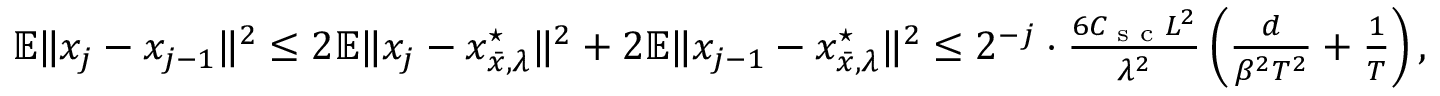
\begin{array} { r } { \mathbb { E } \| x _ { j } - x _ { j - 1 } \| ^ { 2 } \le 2 \mathbb { E } \| x _ { j } - x _ { \bar { x } , \lambda } ^ { \star } \| ^ { 2 } + 2 \mathbb { E } \| x _ { j - 1 } - x _ { \bar { x } , \lambda } ^ { \star } \| ^ { 2 } \le 2 ^ { - j } \cdot \frac { 6 C _ { \textup { s c } } L ^ { 2 } } { \lambda ^ { 2 } } \left( \frac { d } { \beta ^ { 2 } T ^ { 2 } } + \frac 1 T \right) , } \end{array}